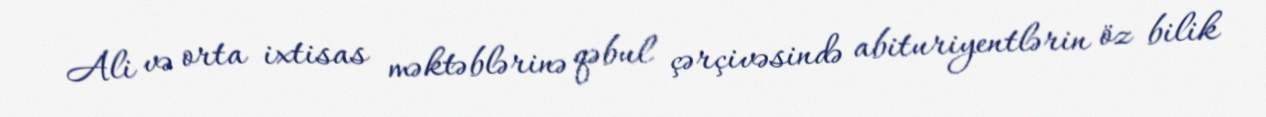
Ali və orta ixtisas məktəblərinə qəbul çərçivəsində abituriyentlərin öz bilik